Indian journal of veterinary science and animal husbandry - Volume 10,
Year: 1940
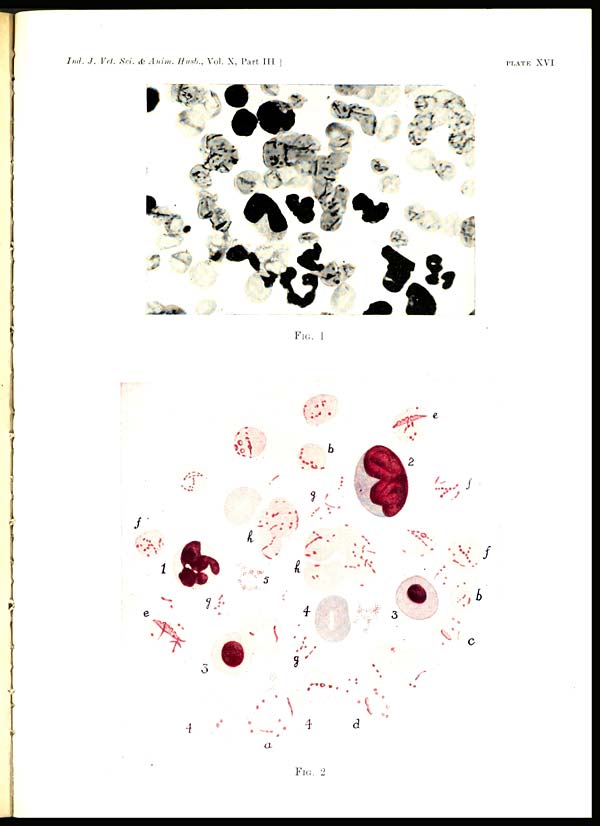
Ind. J. Vet. Sci. & Anim. Husb., Vol. X, Part III ]
PLATE XVI
FIG. 1
FIG. 2